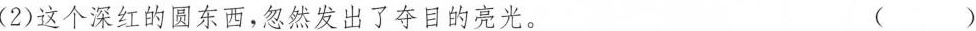
(2)这个深红的圆东西，忽然发出了夺目的亮光。（ ）